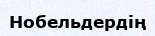
Нобельдердің